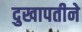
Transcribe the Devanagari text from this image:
दुखापतीने